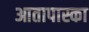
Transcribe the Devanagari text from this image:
आतापास्का